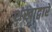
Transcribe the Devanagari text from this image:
शंखाद्वारे